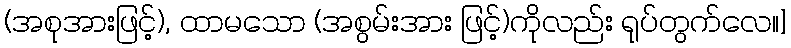
(အစုအားဖြင့်), ထာမသော (အစွမ်းအား ဖြင့်)ကိုလည်း ရုပ်တွက်လေ။]